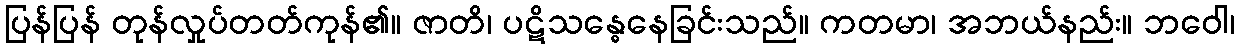
ပြန်ပြန် တုန်လှုပ်တတ်ကုန်၏။ ဇာတိ၊ ပဋိသန္ဓေနေခြင်းသည်။ ကတမာ၊ အဘယ်နည်း။ ဘဝေါ၊